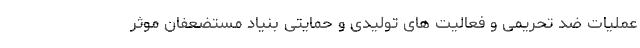
عملیات ضد تحریمی و فعالیت های تولیدی و حمایتی بنیاد مستضعفان موثر